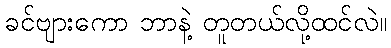
ခင်ဗျားကော ဘာနဲ့ တူတယ်လို့ထင်လဲ။